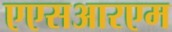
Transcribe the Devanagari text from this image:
एएसआरएम